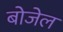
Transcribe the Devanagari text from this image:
बोजेल